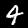
Label: 4